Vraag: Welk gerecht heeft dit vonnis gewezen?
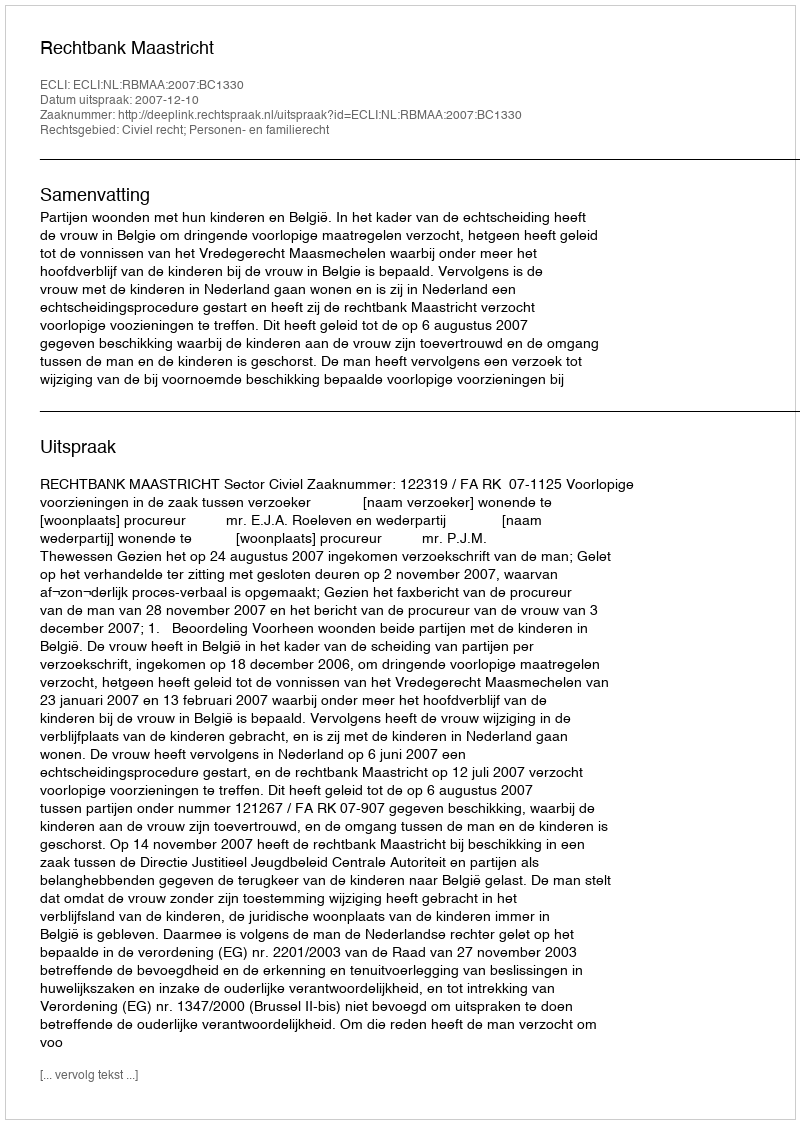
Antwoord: Rechtbank Maastricht